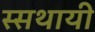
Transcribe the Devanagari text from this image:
स्सथायी